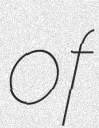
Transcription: of